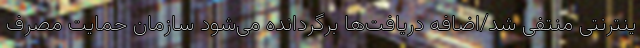
ینترنتی منتفی شد/اضافه دریافت‌ها برگردانده می‌شود سازمان حمایت مصرف